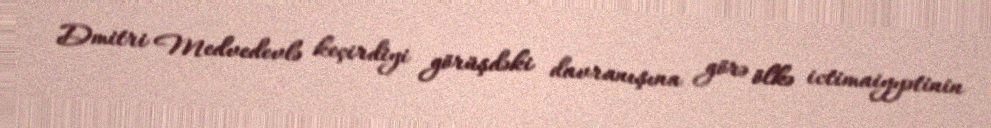
Dmitri Medvedevlə keçirdiyi görüşdəki davranışına görə ölkə ictimaiyyətinin